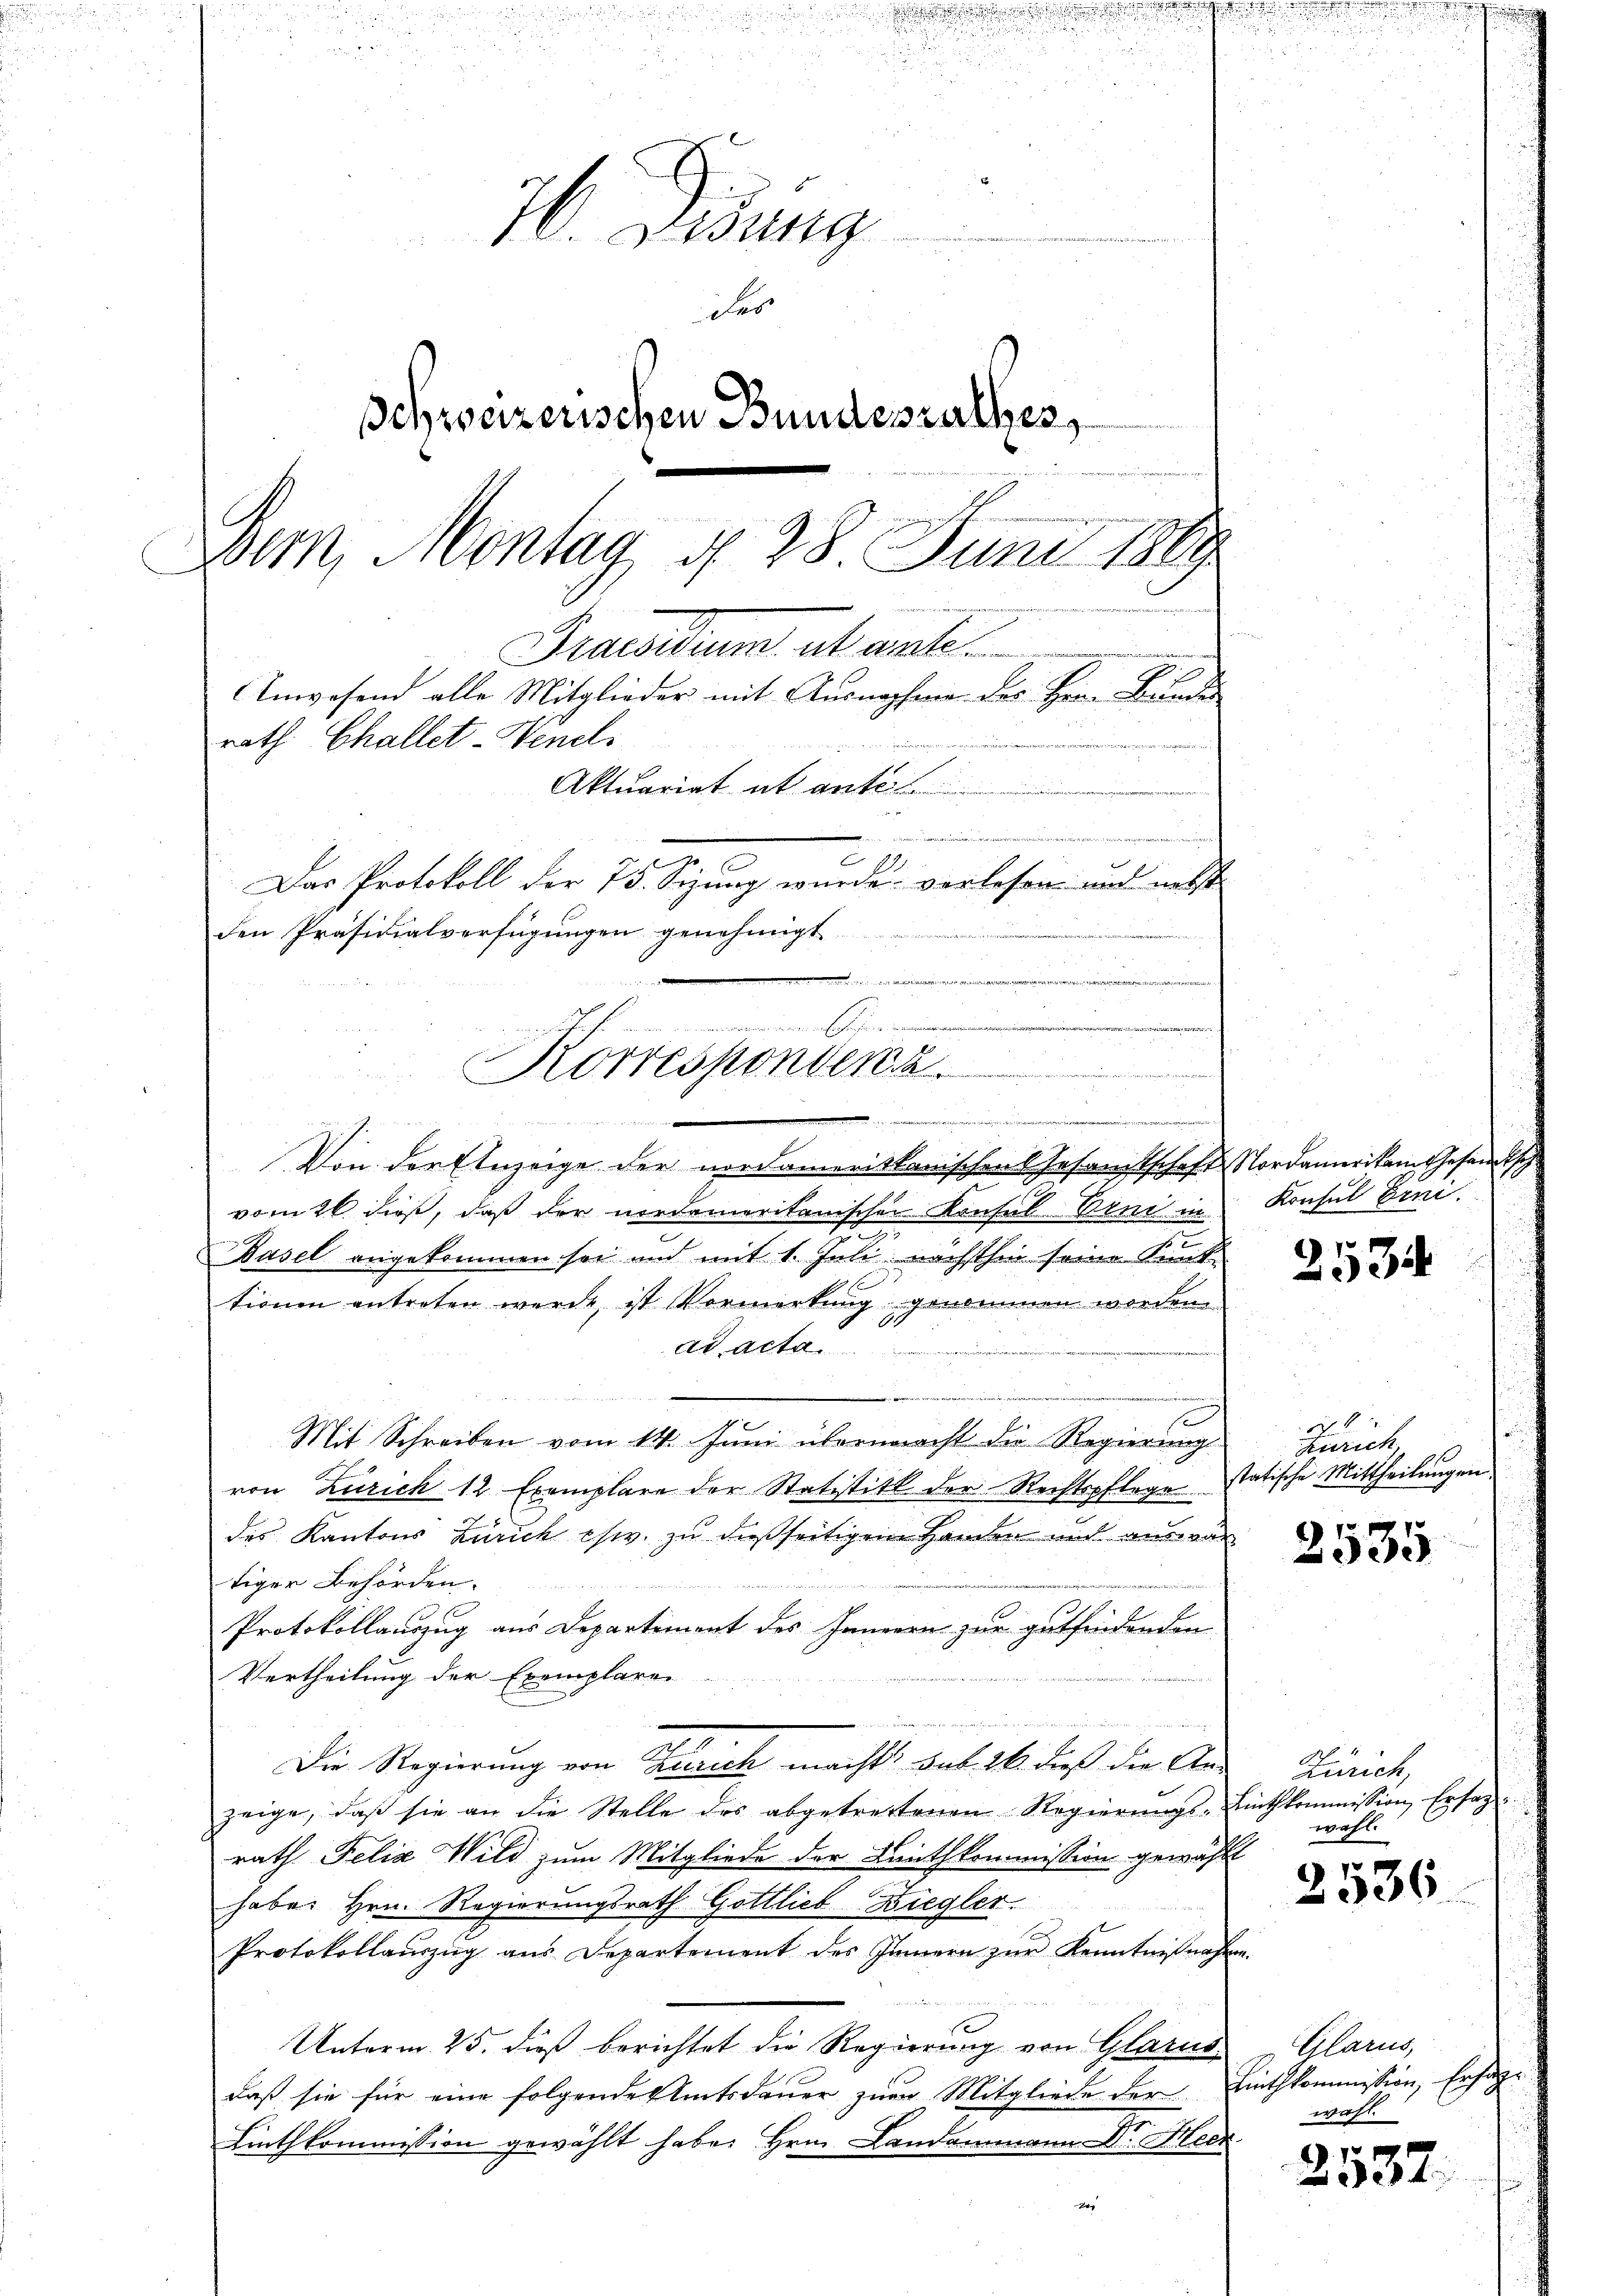
H. Visung
Fes
Schweizerischen Bundesrathes,

Bem, Montag, d. 28. Juni 1889
i
Praesidium et auche.
Anwesend alle Mitglieder mit Ausnapfer des Herrn Bunde
rath Challet-Hendl.
Aktuariat et anti
 x
e

Das Protokoll der 75. Sizung wurde verlesen und nebst
den Präsidialverfügungen genehmigt
m. u. mit d

de, in den in seinen u. verminderunge
Korresponden
ver
21 f 2 x wir in die von Werner waren in den und den di

Von der Einzeige der nordamerittanischen Gesamtschaft Nordamerikam Gesandtsch
vom 26 dieß, daß der nordameritanischen Konsul Bind in
2
Basel angekommen sei und mit 1. Juli nächsthin seine Kunk¬
1 f 0
tionen antreten wurde, ist Vormerkung genommen worden
ad acta
Mit Schreiben vom 14. Juni übermacht die Regierung
von Zürich 12 Exemplare der Statistik der Rechtspflege
des Kantons Zürich chw. zu dießseitigen Handen mit auswan
tiger Behörden.
er Mitter als einer der
Protokollauszug aus Departement des Innern zur gutfindenden
Vertheilung der Exemplaren
u
Die Regierung von Schrich macht hat. 26. dieß die Anzeige, daß sie an die Stelle des abgetrettenen Regierŭngs-Linthkommission, Ersag
rath Felix Wild zum Mitgliede der Lanthkommission gewählt
habe. Hrn. Regierungsrath Gottlieb Ziegler.
Protokollauszug aus Departement des Innern zur Kenntnißnahme.
Unterm 25. dieß berichtet die Regierung von Glarus,
daß sie für eine folgende Amtsdauer zum Mitgliede der Linthkommission, Ersag¬
Linthkommission gewählt habe. Hrn. Landammann Dr. Heck

Konsul Erni.

2534

Fanat
statische Mittheilungen.

2535

Zürich,
wahl.

2536

Glarus,
wahl.

v
Diet